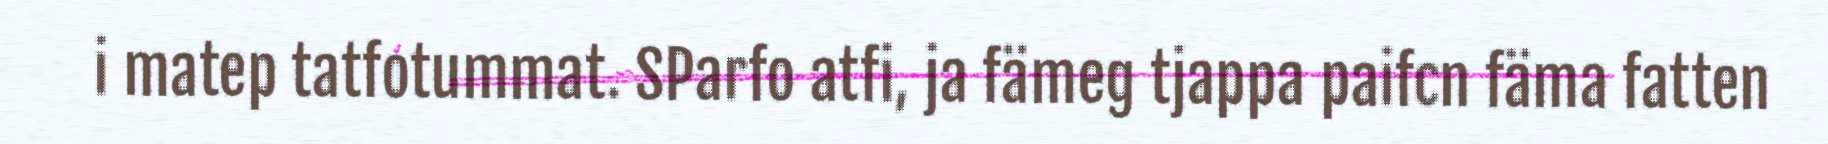
i matep tatfotummat. SParfo atfi, ja fämeg tjappa paifcn fäma fatten